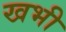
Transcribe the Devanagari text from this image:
खभी